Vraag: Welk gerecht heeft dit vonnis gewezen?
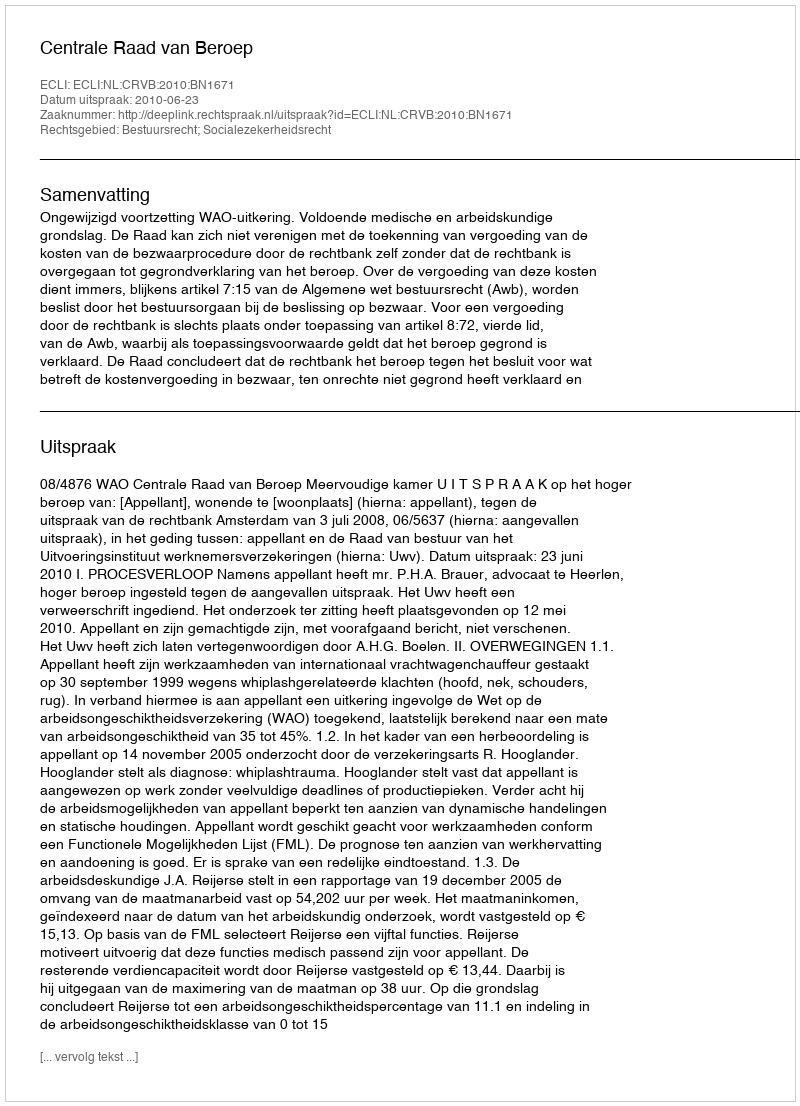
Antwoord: Centrale Raad van Beroep